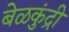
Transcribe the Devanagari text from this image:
बेळकुंद्री